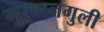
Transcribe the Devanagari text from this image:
गुरबानगुली